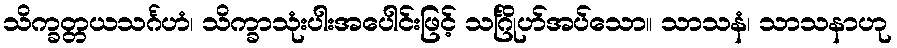
သိက္ခတ္တယသင်္ဂဟံ၊ သိက္ခာသုံးပါးအပေါင်းဖြင့် သင်္ဂြိုဟ်အပ်သော။ သာသနံ၊ သာသနာဟု